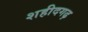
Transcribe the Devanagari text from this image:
शहीदगढ़